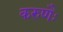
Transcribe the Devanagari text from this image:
करुणैः